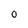
Character: O